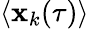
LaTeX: \langle\mathbf{x}_{k}(\tau)\rangle